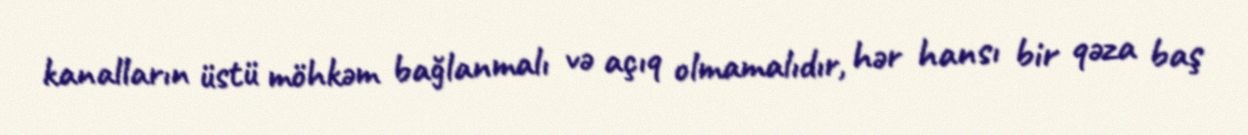
kanalların üstü möhkəm bağlanmalı və açıq olmamalıdır, hər hansı bir qəza baş